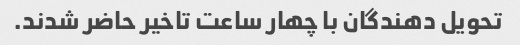
تحویل دهندگان با چهار ساعت تاخیر حاضر شدند.